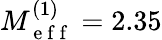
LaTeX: M_{\mathrm{~e~f~f~}}^{(1)}=2.35